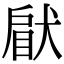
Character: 𤟵